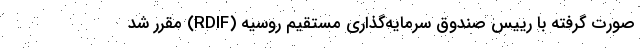
صورت گرفته با رییس صندوق سرمایه‌گذاری مستقیم روسیه (RDIF) مقرر شد